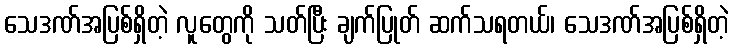
သေဒဏ်အပြစ်ရှိတဲ့ လူတွေကို သတ်ပြီး ချက်ပြုတ် ဆက်သရတယ်၊ သေဒဏ်အပြစ်ရှိတဲ့